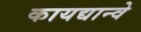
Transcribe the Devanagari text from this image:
कायद्यान्वे